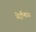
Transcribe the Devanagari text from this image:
येईना॥